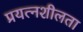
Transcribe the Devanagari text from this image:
प्रयत्नशीलता